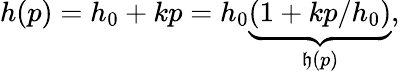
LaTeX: h(p)=h_{0}+kp=h_{0}\underbrace{(1+kp/h_{0})}_{\mathfrak{h}(p)},